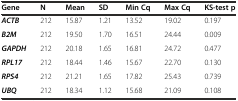
<table><thead><tr><td><b>Gene</b></td><td><b>N</b></td><td><b>Mean</b></td><td><b>SD</b></td><td><b>Min Cq</b></td><td><b>Max Cq</b></td><td><b>KS-test p</b></td></tr></thead><tbody><tr><td><b><i>ACTB</i></b></td><td>212</td><td>15.87</td><td>1.21</td><td>13.52</td><td>19.02</td><td>0.197</td></tr><tr><td><b><i>B2M</i></b></td><td>212</td><td>19.50</td><td>1.70</td><td>16.51</td><td>24.44</td><td>0.009</td></tr><tr><td><b><i>GAPDH</i></b></td><td>212</td><td>20.18</td><td>1.65</td><td>16.81</td><td>24.72</td><td>0.477</td></tr><tr><td><b><i>RPL17</i></b></td><td>212</td><td>18.44</td><td>1.46</td><td>15.67</td><td>22.70</td><td>0.130</td></tr><tr><td><b><i>RPS4</i></b></td><td>212</td><td>21.21</td><td>1.65</td><td>17.82</td><td>25.43</td><td>0.739</td></tr><tr><td><b><i>UBQ</i></b></td><td>212</td><td>18.34</td><td>1.12</td><td>15.68</td><td>21.09</td><td>0.108</td></tr></tbody></table>